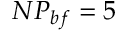
N P _ { b f } = 5